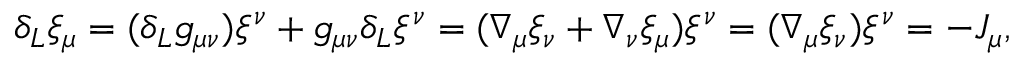
\delta _ { L } \xi _ { \mu } = ( \delta _ { L } g _ { \mu \nu } ) \xi ^ { \nu } + g _ { \mu \nu } \delta _ { L } \xi ^ { \nu } = ( \nabla _ { \mu } \xi _ { \nu } + \nabla _ { \nu } \xi _ { \mu } ) \xi ^ { \nu } = ( \nabla _ { \mu } \xi _ { \nu } ) \xi ^ { \nu } = - { \cal J } _ { \mu } ,